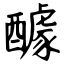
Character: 醵